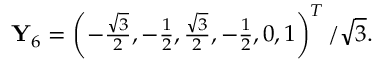
\begin{array} { r } { \mathbf { Y } _ { 6 } = \left( - \frac { \sqrt { 3 } } { 2 } , - \frac { 1 } { 2 } , \frac { \sqrt { 3 } } { 2 } , - \frac { 1 } { 2 } , 0 , 1 \right) ^ { T } / \sqrt { 3 } . } \end{array}